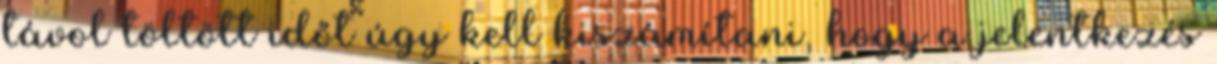
távol töltött időt úgy kell kiszámítani, hogy a jelentkezés